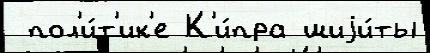
 пол'и́т'ик'е К'и́пра шиjи́ты